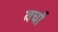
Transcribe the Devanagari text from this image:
वर्चा